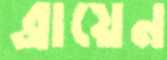
ব্রায়েন